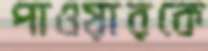
পাওয়ারকে